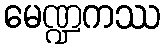
မေဏ္ဍကဿ